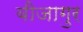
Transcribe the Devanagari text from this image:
बीजागुर